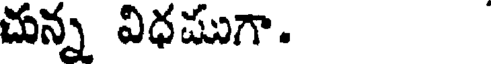
చున్న విధముగా.